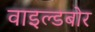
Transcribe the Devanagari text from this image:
वाइल्डबोर